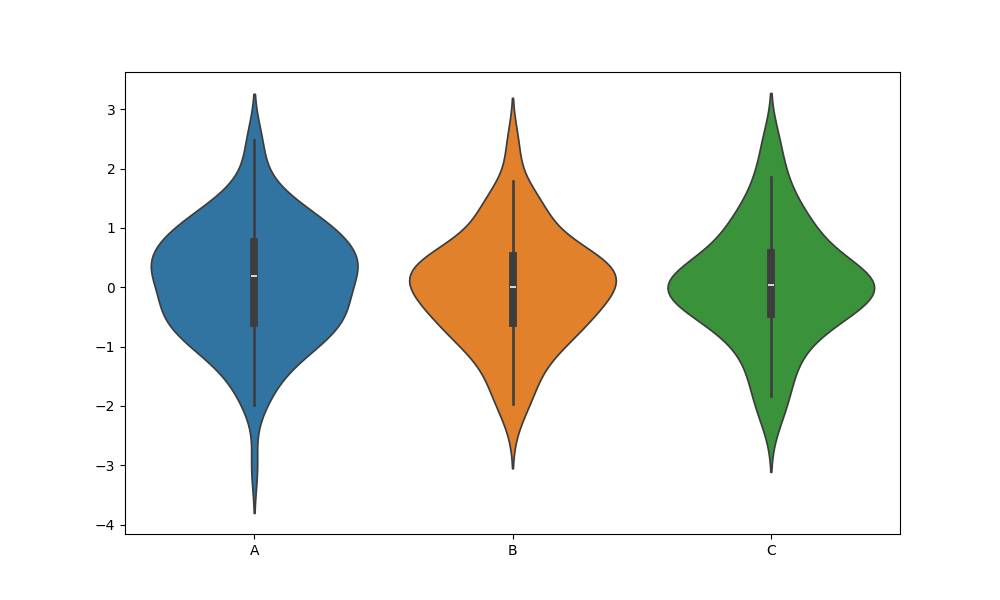
python, seaborn, violinplot, scale='count', split='False', inner='box', fill='True'